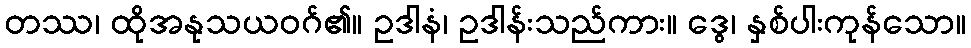
တဿ၊ ထိုအနုသယဝဂ်၏။ ဥဒါနံ၊ ဥဒါန်းသည်ကား။ ဒွေ၊ နှစ်ပါးကုန်သော။